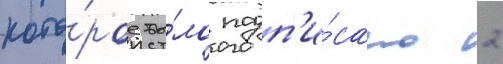
кото́рое бы́ло подп'и́сано 2